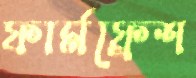
ফার্মফ্রেশ